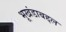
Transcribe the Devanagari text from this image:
भूखंडाबद्दल